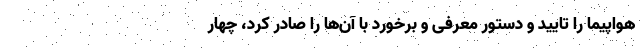
هواپیما را تایید و دستور معرفی و برخورد با آن‌ها را صادر کرد، چهار